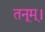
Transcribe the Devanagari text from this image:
तनूम्।